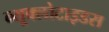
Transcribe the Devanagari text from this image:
न्यूक्लोटाइडस